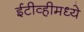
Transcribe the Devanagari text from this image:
ईटीव्हीमध्ये